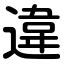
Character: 違